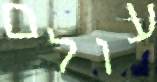
עולם